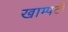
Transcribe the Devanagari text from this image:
खाम्पटी